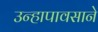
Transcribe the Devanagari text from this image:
उन्हापावसाने